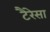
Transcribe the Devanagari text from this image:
टैरेसा